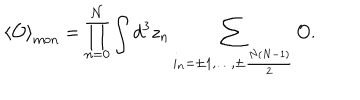
\left< { \cal O } \right> _ { \mathrm { m o n } } = \prod _ { n = 0 } ^ { \cal N } \int d ^ { 3 } z _ { n } \sum _ { i _ { n } = \pm 1 , \ldots , \pm \frac { N ( N - 1 ) } { 2 } } ^ { } { \cal O } .